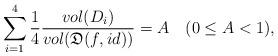
LaTeX: \begin{align*}\sum_{i=1}^4\frac{1}{4}\frac{vol(D_i)}{vol(\mathfrak{D}(f,id))}=A\quad(0\le A<1),\end{align*}